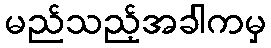
မည်သည့်အခါကမှ